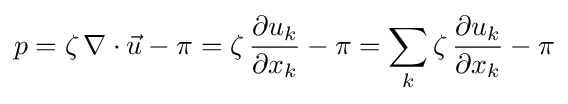
p=\zeta \,\nabla \cdot {\vec {u}}-\pi =\zeta \,{\frac {\partial u_{k}}{\partial x_{k}}}-\pi =\sum _{k}\zeta \,{\frac {\partial u_{k}}{\partial x_{k}}}-\pi